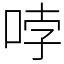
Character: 哱